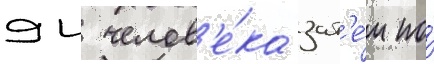
94 челов'е́ка зат'е́м по́